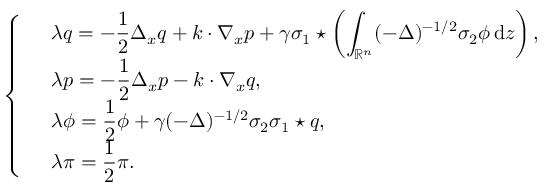
\left\{ \begin{array} { r l } & { \lambda q = - \displaystyle \frac { 1 } { 2 } \Delta _ { x } q + k \cdot \nabla _ { x } p + \gamma \sigma _ { 1 } \star \left( \displaystyle \int _ { \mathbb R ^ { n } } ( - \Delta ) ^ { - 1 / 2 } \sigma _ { 2 } \phi \, { \mathrm { d } } z \right) , } \\ & { \lambda p = - \displaystyle \frac 1 2 \Delta _ { x } p - k \cdot \nabla _ { x } q , } \\ & { \lambda \phi = \displaystyle \frac 1 2 \phi + \gamma ( - \Delta ) ^ { - 1 / 2 } \sigma _ { 2 } \sigma _ { 1 } \star q , } \\ & { \lambda \pi = \displaystyle \frac 1 2 \pi . } \end{array} \right.